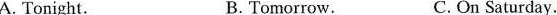
A. Tonight. B. Tomorrow. c. On Saturday.